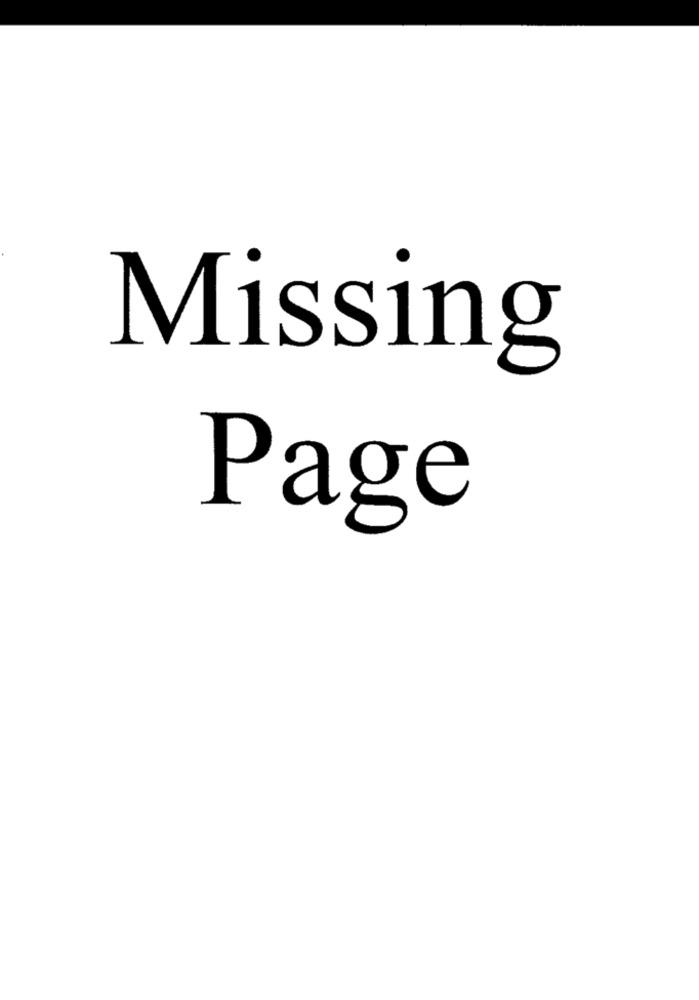
Missing
Page